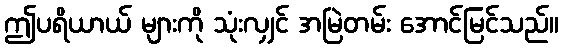
ဤပရိယာယ် များကို သုံးလျှင် အမြဲတမ်း အောင်မြင်သည်။